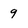
Character: 9